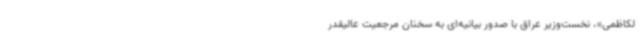
لکاظمی»، نخست‌وزیر عراق با صدور بیانیه‌ای به سخنان مرجعیت عالیقدر